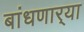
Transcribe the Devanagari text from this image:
बांधणार्‍या